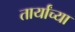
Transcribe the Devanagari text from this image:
तार्यांच्या